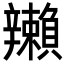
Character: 𬨛